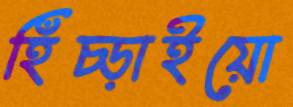
হিঁচ্‌ড়াইয়ো